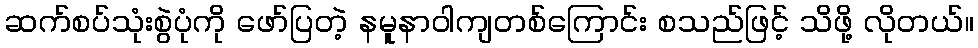
ဆက်စပ်သုံးစွဲပုံကို ဖော်ပြတဲ့ နမူနာဝါကျတစ်ကြောင်း စသည်ဖြင့် သိဖို့ လိုတယ်။